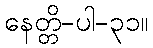
နေတ္တိ-ပါ-၃၁။